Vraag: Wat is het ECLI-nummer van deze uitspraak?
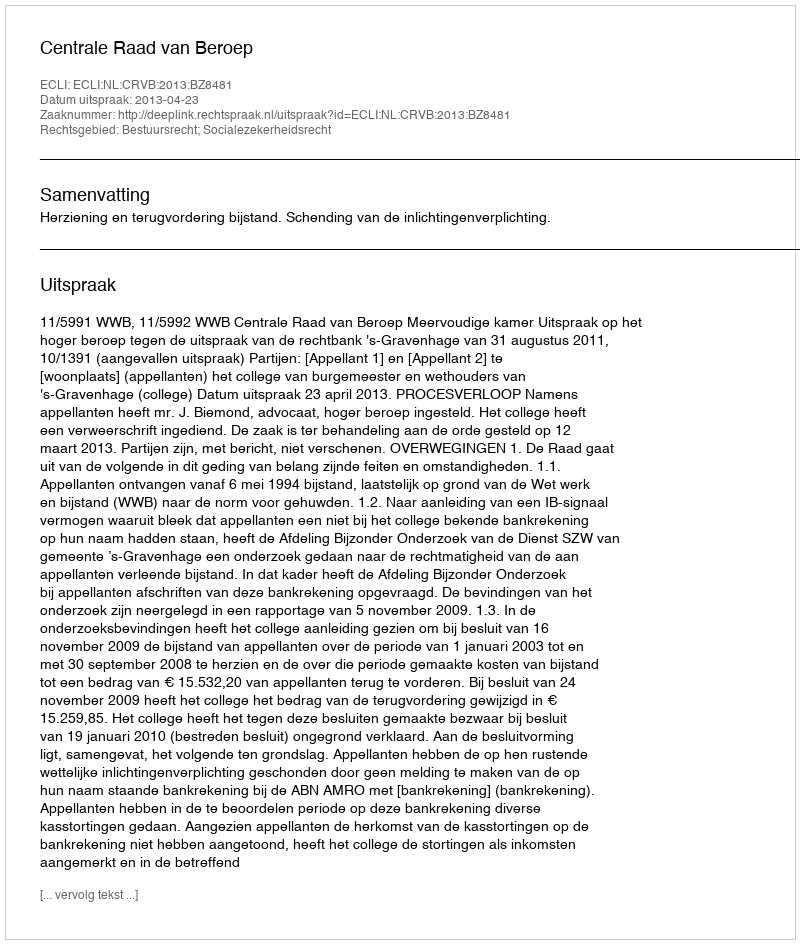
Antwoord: ECLI:NL:CRVB:2013:BZ8481